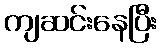
ကျဆင်းနေပြီး